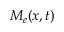
M _ { e } ( x , t )